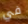
في